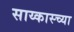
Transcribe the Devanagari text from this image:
साय्कास्च्या